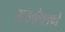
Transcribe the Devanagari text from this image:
राजगोपालकडे